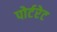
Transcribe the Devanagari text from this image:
पोर्टरेट